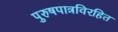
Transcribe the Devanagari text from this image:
पुरुषपात्रविरहित